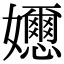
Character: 𡤘